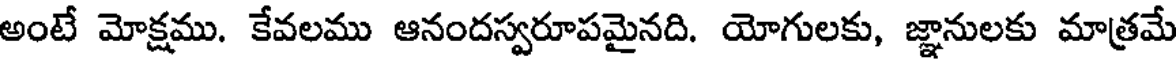
అంటే మోక్షము. కేవలము ఆనందస్వరూపమైనది. యోగులకు, జ్ఞానులకు మాత్రమే